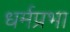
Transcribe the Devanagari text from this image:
धर्मप्रभा